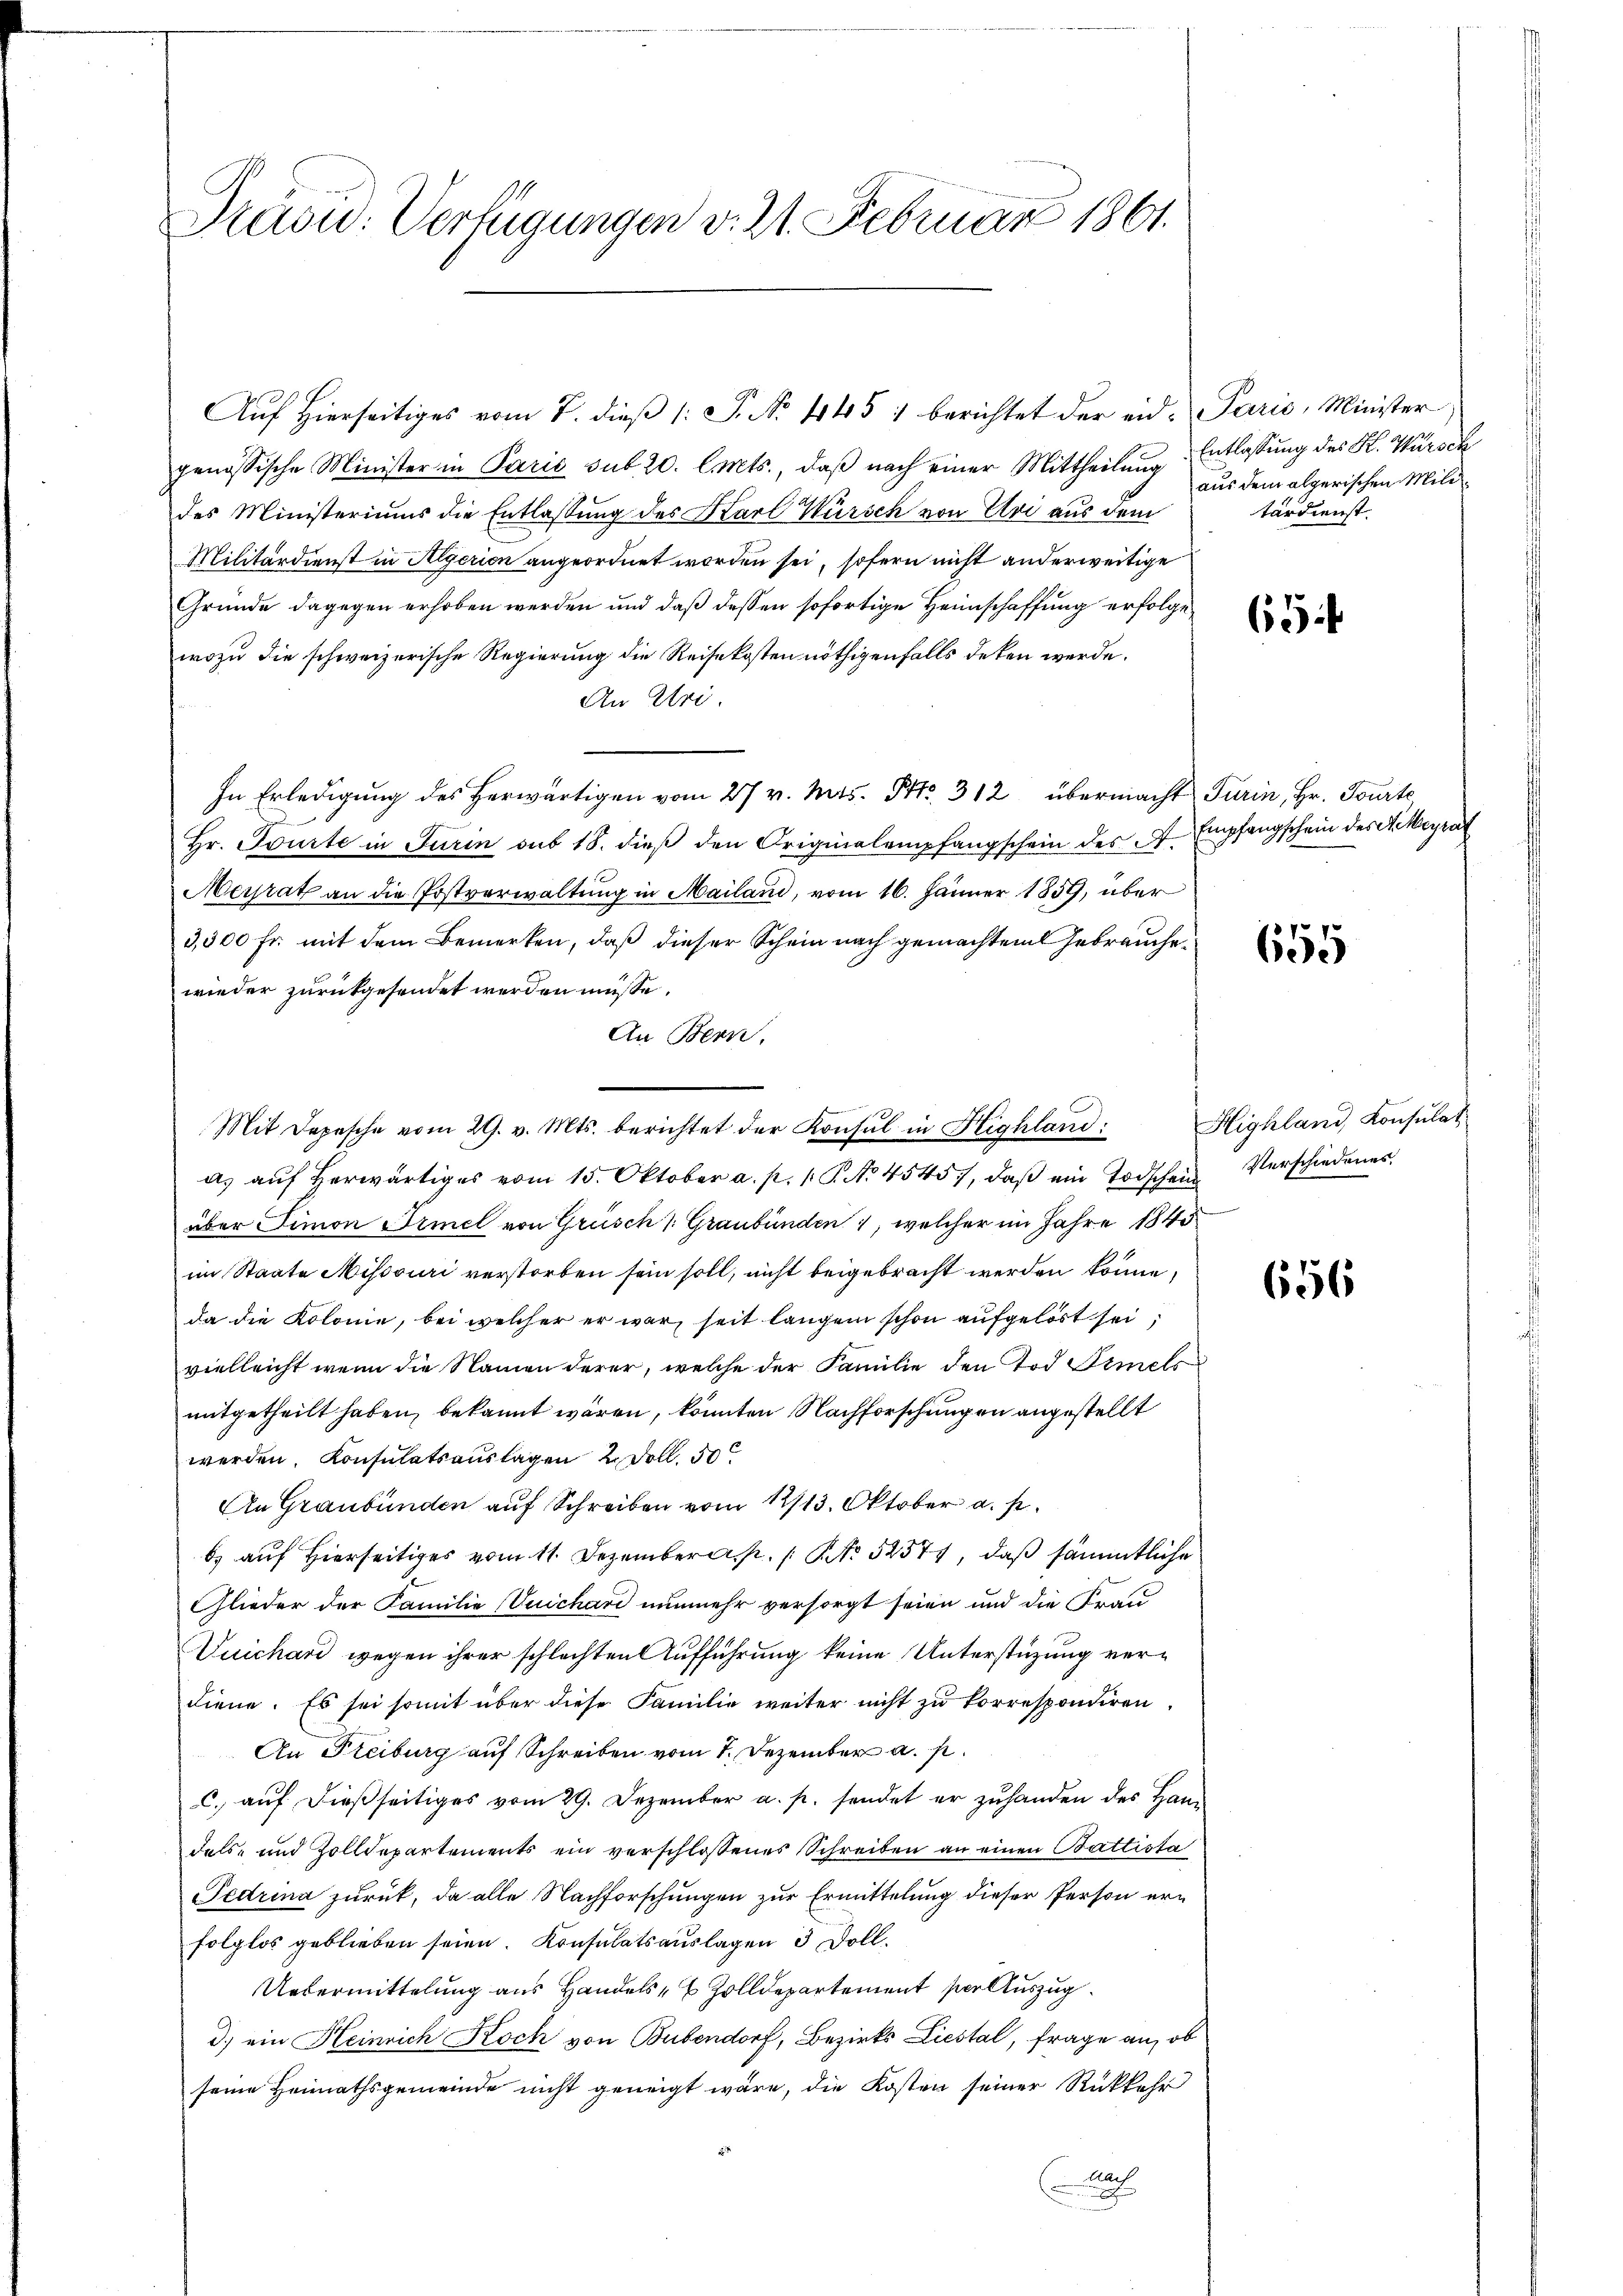
genössische Minister in Paris sub 20. l. Mts., daβ nach einer Mittheilŭng Entlassung des K. Würtel
des Ministeriums die Entlassung des Karl Würsch von Uri aus dem
Militärdienst in Algerien angeordnet worden sei, sofern nicht anderweitige
Gründe dagegen erhoben werden und daß dessen sofortige Heimschaffung erfolge
wozu die schweizerische Regierung die Reisekosten nöthigenfalls deten werde.
An Uri.
In Erledigŭng des herwärtigen vom 27 v. Mts. Art. 312 übermacht Turin, Hr. Tourte
Hr. Tourte in Turin sub 18. dieß den Originalempfangschein des J
Meirat an die Postverwaltung in Mailand, vom 16. Jänner 1859, über
3,500 Fr. mit dem Bemerken, daß dieser Schein nach gemachten Gebrauche
wieder zurückgesendet werden müsse.
An Bern.
a. aŭf herwärtiges vom 15. Oktober a. p. 1 S. No 4545, daβ ein Todschein Verschiedenes
über Simon Frmel von Grüsch /: Graubünden 1, welcher im Jahre 1845
im Staate Missouri verstorben sein soll, nicht beigebracht werden könne,
da die Kolonie, bei welcher er war, seit langen schon aufgelöst sei
vielleicht wenn die Namen derer, welche der Familie den Tod. Simels
mitgetheilt haben, bekannt wären, könnten Nachforschungen angestellt
werden. Konsulatsauslagen 2 Doll. 50
An Graubünden auf Schreiben vom 12/13. Oktober a. p.
b) auf Hierseitiges vom 11. Dezember.  No 52574, daß sämmtliche
Glieder der Familie (Vuichard nunmehr versorgt seien und die Frau
Duichard wegen ihrer schlachten Aufführung keine Unterstüzung verdiene. Es sei somit über diese Familie weiter nicht zu korrespondiren.
An Freiburg auf Schreiben vom 7. Dezember a. p.
c. auf dießseitiges vom 29. Dezember a. p. sendet er zuhanden des Han
dels- und Zolldepartements ein verschlossenes Schreiben an einen Battista
Fedrina zurück, da alle Nachforschungen zur Ermittelung dieser Person erfolglos geblieben seien. Konsulatsauslagen 3 Doll.
Uedermittelung aus Handels- & Zolldepartement per Auszug
d.) ein Heinrich Koch von Bubendorf, Bezirks Liestal, Frage an, ob
seine Heimathsgemeinde nicht geneigt wäre, die Kosten seiner Rückkehr
h

Präsid. Verfügungen v. 21. Februar 1861.

Auf Hierseitiges vom 7. dieβ (: P. No. 445 1 berichtet der eid. Paris, Minister

Mit Depesche vom 29. v. Mts. berichtet der Konsul in Highland:

aus dem algerischen Militärdienst.

65

Empfangschein des Miteyrat

655

Highland, Konsulat

656